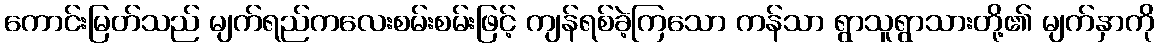
ကောင်းမြတ်သည် မျက်ရည်ကလေးစမ်းစမ်းဖြင့် ကျန်ရစ်ခဲ့ကြသော ကန်သာ ရွာသူရွာသားတို့၏ မျက်နှာကို